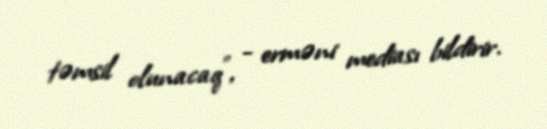
təmsil olunacaq”, - erməni mediası bildirir.